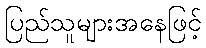
ပြည်သူများအနေဖြင့်